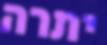
יתרה